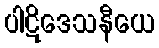
ပါဋိဒေသနီယေ